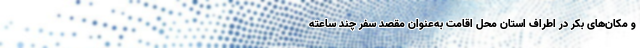
و مکان‌های بکر در اطراف استان محل اقامت به‌عنوان مقصد سفر چند ساعته